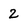
Character: 2